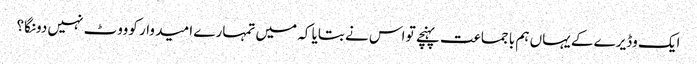
ایک وڈیرے کے یہاں ہم با جماعت پہنچے تو اس نے بتایا کہ میں تمہارے ا مید وار کوووٹ نہیں دونگا؟